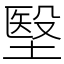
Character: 㙠